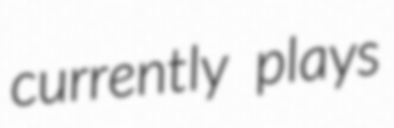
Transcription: currently plays